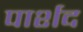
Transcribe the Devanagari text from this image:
पार्शद